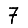
Digit: 7